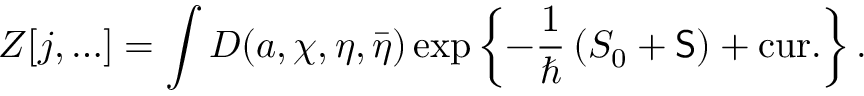
Z [ j , \ldots ] = \int { \cal D } ( a , \chi , \eta , \bar { \eta } ) \exp \left\{ - \frac { 1 } { \hbar } \left( S _ { 0 } + { \sf S } \right) + \mathrm { c u r . } \right\} .